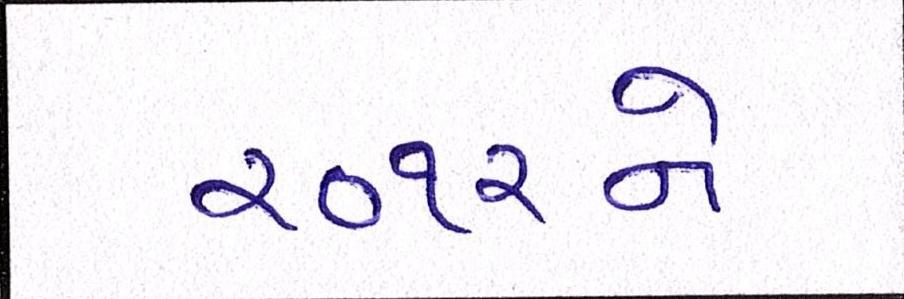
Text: ૨૦૧૨ને